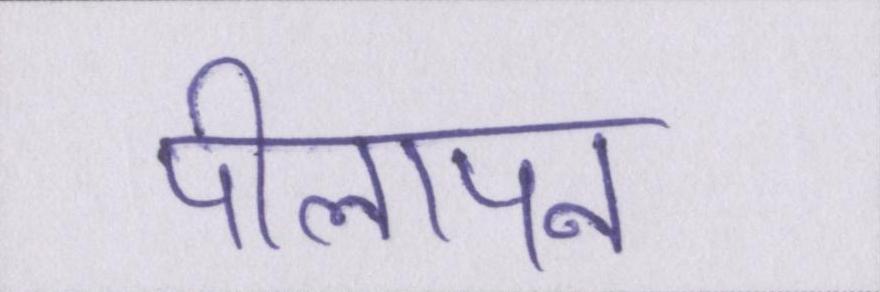
पीलापन